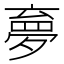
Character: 夣